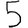
Digit: 5